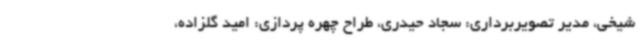
شیخی، مدیر تصویربرداری: سجاد حیدری، طراح چهره پردازی: امید گلزاده،